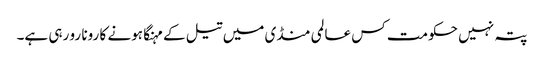
پتہ نہیں حکومت کس عالمی منڈی میں تیل کے مہنگا ہونے کا رونا رو رہی ہے۔